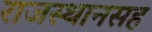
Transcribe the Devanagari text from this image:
राजस्थानसह